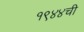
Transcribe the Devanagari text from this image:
१९४४ची